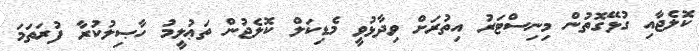
ކޮލެޖާއި ގުޅޭގޮތުން މިނިސްޓަރު އިތުރަށް ވިދާޅުވީ މެޑިކަލް ކޮލެޖުން ތަޢުލީމު ހާޞިލުކުރާ ފުރަތަމަ